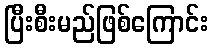
ပြီးစီးမည်ဖြစ်ကြောင်း